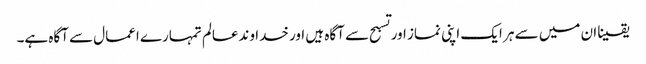
یقینا ان میں سے ہر ایک اپنی نماز اور تسبح سے آگاہ ہیں اور خدا وندعالم تمہارے اعمال سے آگاہ ہے۔